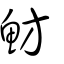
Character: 魴